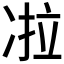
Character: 𰄀